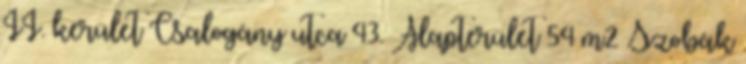
II. kerület Csalogány utca 43. Alapterület 54 m2 Szobák